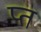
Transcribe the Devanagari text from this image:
प्त